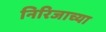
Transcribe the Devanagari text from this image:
निरिजाच्या